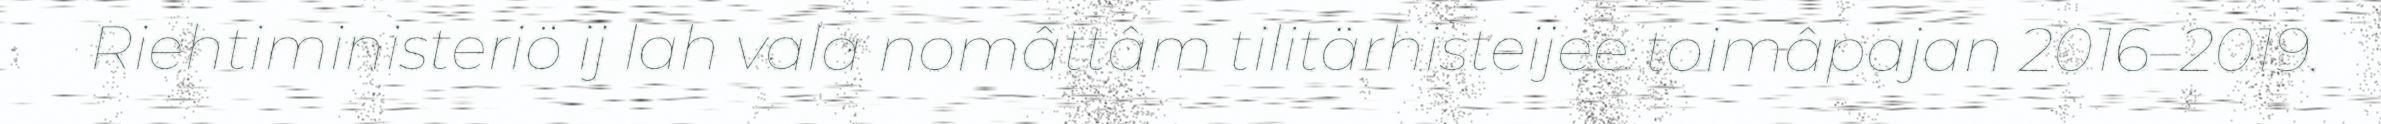
Riehtiministeriö ij lah vala nomâttâm tilitärhisteijee toimâpajan 2016–2019.